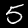
Label: 5